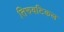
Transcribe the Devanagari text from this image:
तिरुवटिकल